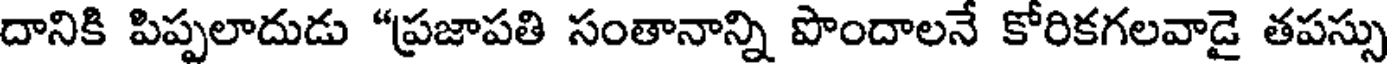
దానికి పిప్పలాదుడు "ప్రజాపతి సంతానాన్ని పొందాలనే కోరికగలవాడై తపస్సు